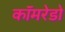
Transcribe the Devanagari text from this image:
कॉमरेडो